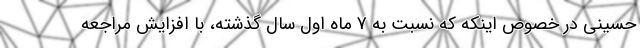
حسینی در خصوص اینکه که نسبت به 7 ماه اول سال گذشته، با افزایش مراجعه